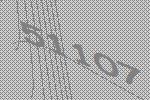
51107